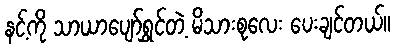
နင့်ကို သာယာပျော်ရွှင်တဲ့ မိသားစုလေး ပေးချင်တယ်။